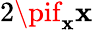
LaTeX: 2\pif_{\mathbf{x}}\mathbf{x}